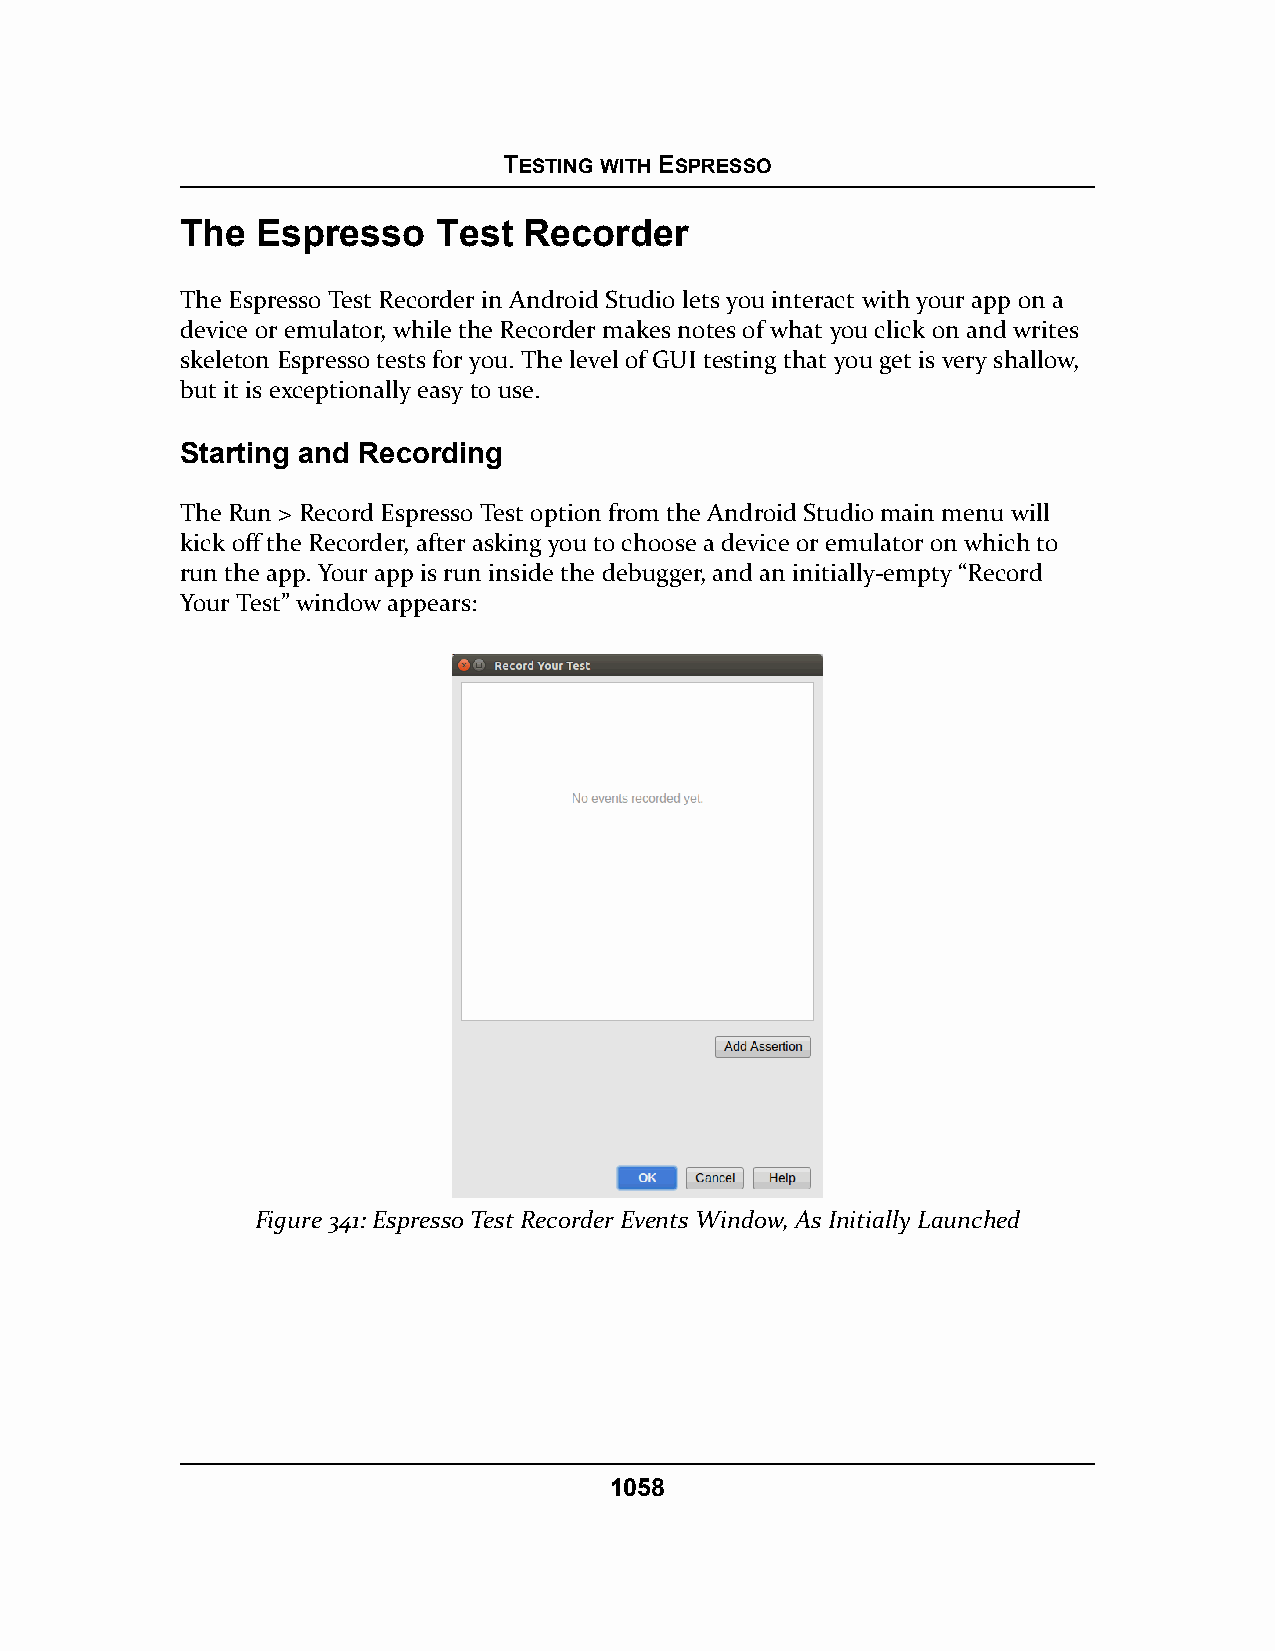
TESTING WITH ESPRESSO
 The  Espresso    Test  Recorder
 The Espresso Test Recorder in Android Studio lets you interact with your app on a
 device or emulator, while the Recorder makes notes of what you click on and writes
 skeleton Espresso tests for you. The level of GUI testing that you get is very shallow,
 but it is exceptionally easy to use.
 Starting and Recording
 The Run > Record Espresso Test option from the Android Studio main menu will
 kick off the Recorder, after asking you to choose a device or emulator on which to
 run the app. Your app is run inside the debugger, and an initially-empty “Record
 Your Test” window appears:
 Figure 341: Espresso Test Recorder Events Window, As Initially Launched
 1058